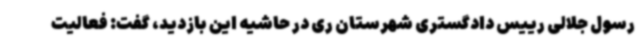
رسول جلالی رییس دادگستری شهرستان ری در حاشیه این بازدید، گفت: فعالیت